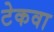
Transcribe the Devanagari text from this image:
टेकवा